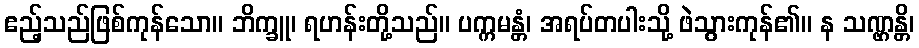
ဧည့်သည်ဖြစ်ကုန်သော။ ဘိက္ခူ၊ ရဟန်းတို့သည်။ ပက္ကမန္တံ၊ အရပ်တပါးသို့ ဖဲသွားကုန်၏။ န သဏ္ဌန္တိ၊